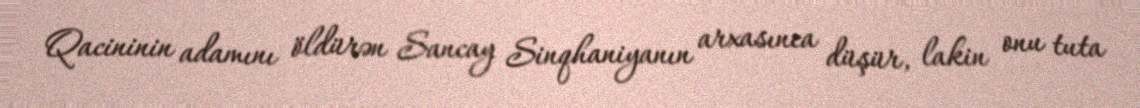
Qacininin adamını öldürən Sancay Sinqhaniyanın arxasınca düşür, lakin onu tuta